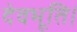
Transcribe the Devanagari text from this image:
देवभूति।